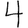
Digit: 4